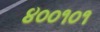
૪૦૦૧૦૧